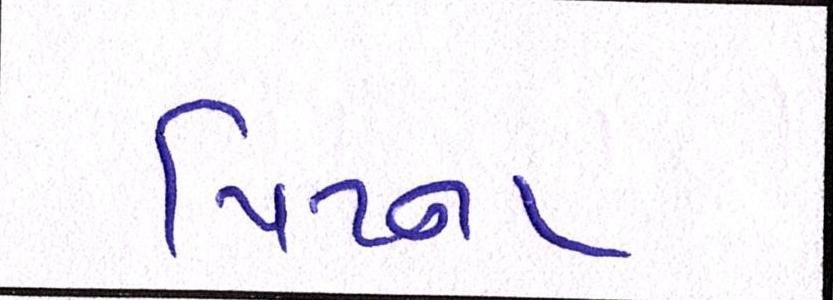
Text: પિટના